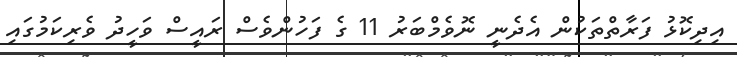
އިދިކޮޅު ފަރާތްތަކުން އެދެނީ ނޮވެމްބަރު 11 ގެ ފަހުންވެސް ރައީސް ވަހީދު ވެރިކަމުގައި